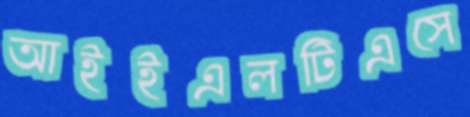
আইইএলটিএসে